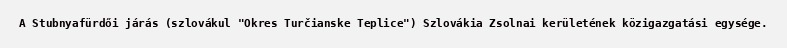
A Stubnyafürdői járás (szlovákul "Okres Turčianske Teplice") Szlovákia Zsolnai kerületének közigazgatási egysége.